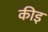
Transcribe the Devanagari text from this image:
कीइ